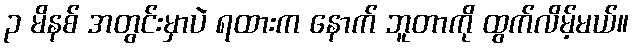
၃ မိနစ် အတွင်းမှာပဲ ရထားက နောက် ဘူတာကို ထွက်လိမ့်မယ်။